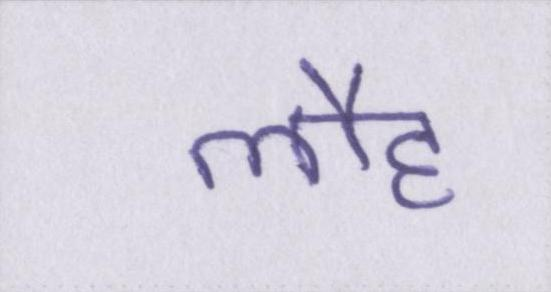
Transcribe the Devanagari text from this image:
लौह